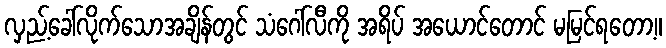
လှည့်ခေါ်လိုက်သောအချိန်တွင် သံဂေါ်လီကို အရိပ် အယောင်တောင် မမြင်ရတော့။